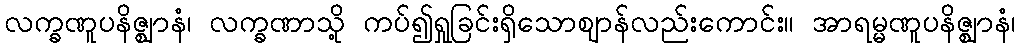
လက္ခဏူပနိဇ္ဈာနံ၊ လက္ခဏာသို့ ကပ်၍ရှုခြင်းရှိသောဈာန်လည်းကောင်း။ အာရမ္မဏူပနိဇ္ဈာနံ၊